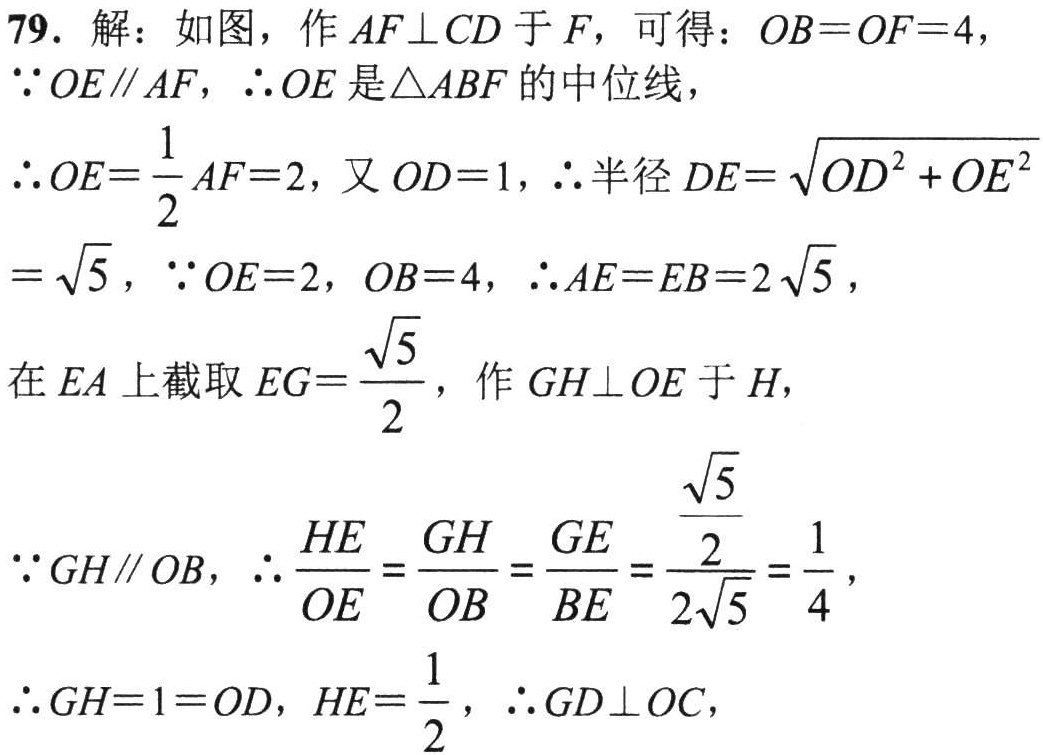
79. 解：如图，作 \(AF\perp CD\) 于 \(F\)，可得：\(OB = OF = 4\)，
\(\because OE\parallel AF\)，\(\therefore OE\) 是 \(\triangle ABF\) 的中位线，
\(\therefore OE=\frac{1}{2}AF = 2\)，又 \(OD = 1\)，\(\therefore\) 半径 \(DE=\sqrt{OD^{2}+OE^{2}}=\sqrt{5}\)，\(\because OE = 2\)，\(OB = 4\)，\(\therefore AE = EB = 2\sqrt{5}\)，
在 \(EA\) 上截取 \(EG=\frac{\sqrt{5}}{2}\)，作 \(GH\perp OE\) 于 \(H\)，
\(\because GH\parallel OB\)，\(\therefore \frac{HE}{OE}=\frac{GH}{OB}=\frac{GE}{BE}=\frac{\frac{\sqrt{5}}{2}}{2\sqrt{5}}=\frac{1}{4}\)，
\(\therefore GH = 1 = OD\)，\(HE=\frac{1}{2}\)，\(\therefore GD\perp OC\)，